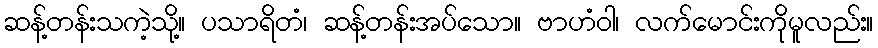
ဆန့်တန်းသကဲ့သို့။ ပသာရိတံ၊ ဆန့်တန်းအပ်သော။ ဗာဟံဝါ၊ လက်မောင်းကိုမူလည်း။